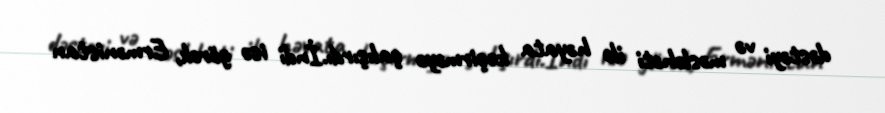
dəstəyi və məsləhəti ilə həyata keçirməyə çalışırdı.İndi isə görək, Ermənistan